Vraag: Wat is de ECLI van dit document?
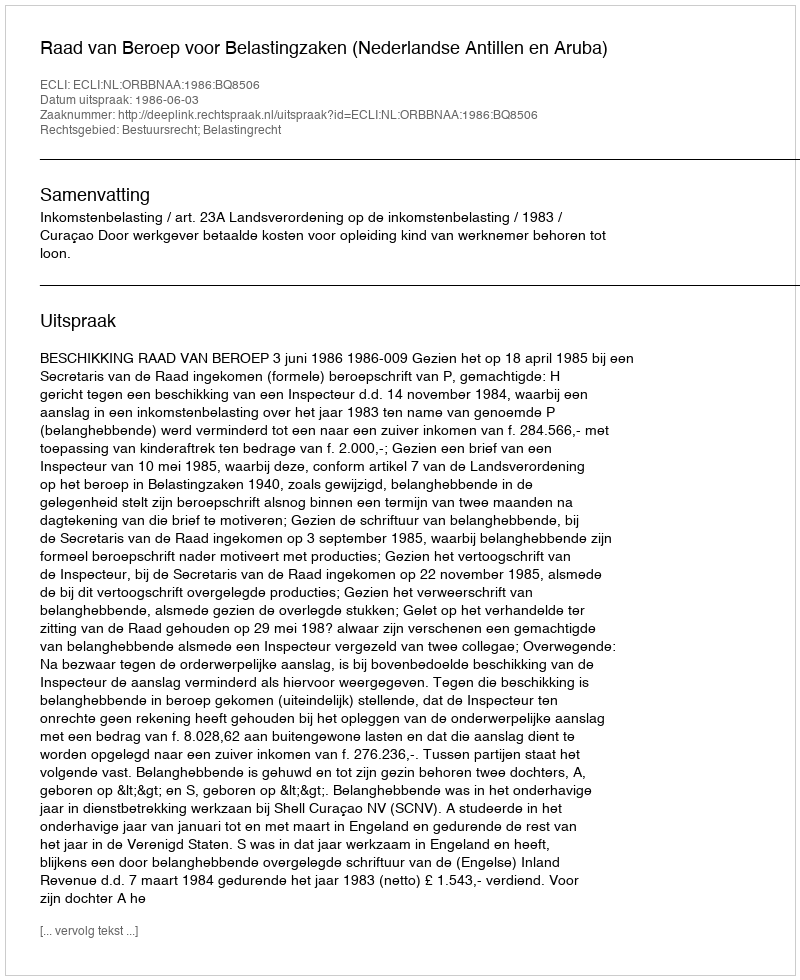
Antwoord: ECLI:NL:ORBBNAA:1986:BQ8506